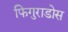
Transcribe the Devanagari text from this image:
फिगुराडोस